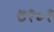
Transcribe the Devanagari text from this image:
७२०१